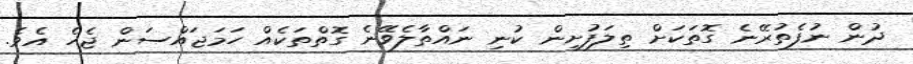
ދުން ނުފެތުރޭނެ ގޮތަކަށް ތިލަފުށިން ކުނި ނައްތާލެވޭނެ ގޮތްތަކެއް ހަމަޖައްސަން ޖެހެ އެވެ.